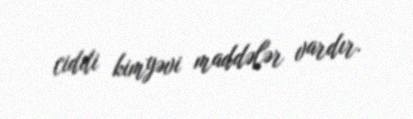
ciddi kimyəvi maddələr vardır.